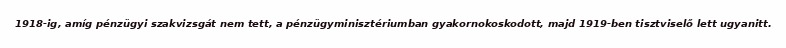
1918-ig, amíg pénzügyi szakvizsgát nem tett, a pénzügyminisztériumban gyakornokoskodott, majd 1919-ben tisztviselő lett ugyanitt.